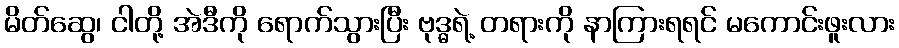
မိတ်ဆွေ၊ ငါတို့ အဲဒီကို ရောက်သွားပြီး ဗုဒ္ဓရဲ့ တရားကို နာကြားရရင် မကောင်းဖူးလား